Report on vaccination in the Province of Bengal - 1869-1873
Year: 1869
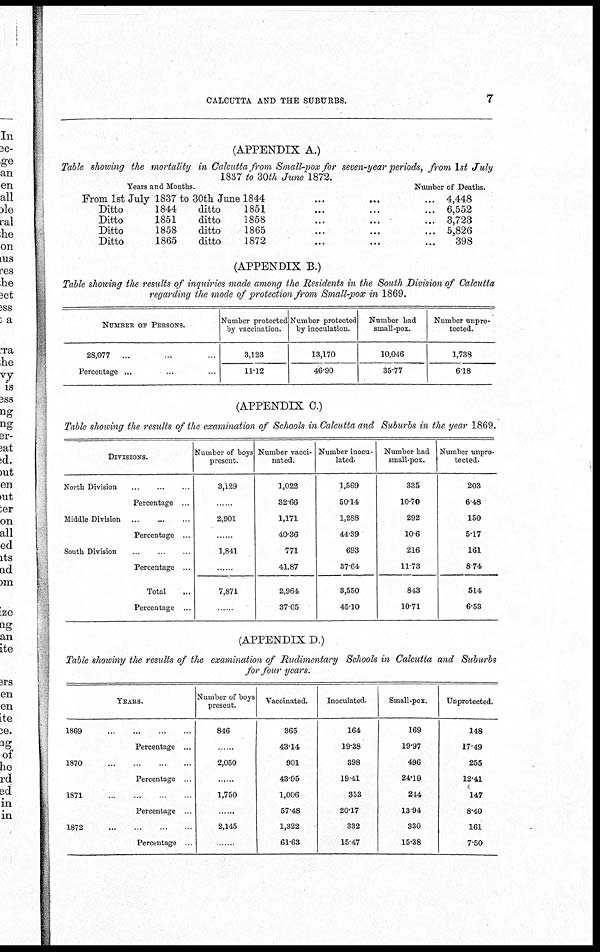
CALCUTTA AND THE SUBURBS.
7
(APPENDIX A.)
Table showing the mortality in Calcutta from Small-pox for seven-year periods, from 1st July
1837 to 30th June 1872.
Years and Months.
From 1st July 1837 to 30th June 1844 ... ... ...
Ditto
1844
ditto
1851 ... ... ...
Ditto
1851
ditto
1858 ... ... ...
Ditto
1858
ditto
1865 ... ... ...
Ditto
1865
ditto
1872 ... ... ...
Number of Deaths.
4,448
6,552
3,723
5,826
398
(APPENDIX B.)
Table showing the results of inquiries made among the Residents in the South Division of Calcutta
regarding the mode of protection from Small-pox in 1869.
NUMBER OF PERSONS.
28,077
... ... ...
Percentage ... ... ...
Number protected
by vaccination.
3,123
11.12
Number protected
by inoculation.
13,170
46.90
Number had
small-pox.
10,046
35.77
Number unpro-
tected.
1,738
6.18
(APPENDIX C.)
Table showing the results of the examination of Schools in Calcutta and Suburbs in the year 1869.
DIVISIONS.
North Division
...
...
...
Percentage ...
Middle Division
...
...
...
Percentage ...
South Division
...
...
...
Percentage ...
Total ...
Percentage ...
Number of boys
present.
3,129
......
2,901
......
1,841
......
7,871
......
Number vacci-
nated.
1,022
32.66
1,171
40.36
771
41.87
2,964
37.65
Number inocu-
lated.
1,569
50.14
1,288
44.39
693
37.64
3,550
45.10
Number had
small-pox.
335
10.70
292
10.6
216
11.73
843
10.71
Number unpro-
tected.
203
6.48
150
5.17
161
8.74
514
6.53
(APPENDIX D.)
Table showing the results of the examination of Rudimentary Schools in Calcutta and Suburbs
for four years.
YEARS.
1869
...
...
...
...
Percentage ...
1870
...
...
...
...
Percentage ...
1871
...
...
...
...
Percentage ...
1872
...
...
...
...
Percentage ...
Number of boys
present.
846
......
2,050
......
1,750
......
2,145
......
Vaccinated.
365
43.14
901
43.95
1,006
57.48
1,322
61.63
Inoculated.
164
19.38
398
19.41
353
20.17
332
15.47
Small-pox.
169
19.97
496
24.19
244
13.94
330
15.38
Unprotected.
148
17.49
255
12.41
147
8.40
161
7.50